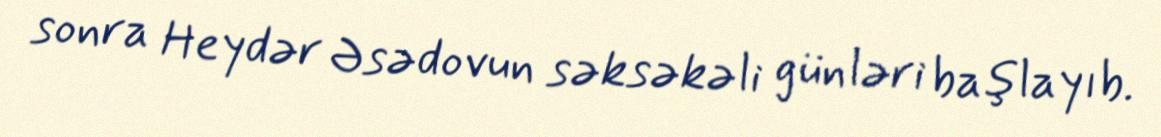
sonra Heydər Əsədovun səksəkəli günləri başlayıb.